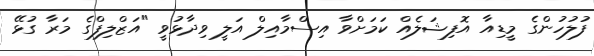
ފުލުހުންގެ މީޑިއާ އޮފިޝަލެއް ކަމަށްވާ އިސްމާއިލް އަލީ ވިދާޅުވީ "އަޒްލިފްގެ މަރާ ގުޅޭ